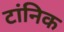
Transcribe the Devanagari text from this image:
टांनिक